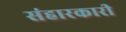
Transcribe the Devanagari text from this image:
संहारकारी